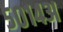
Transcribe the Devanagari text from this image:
५०१४अ